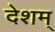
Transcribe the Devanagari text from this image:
देशम्‌